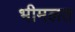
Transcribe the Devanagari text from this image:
भीमलत